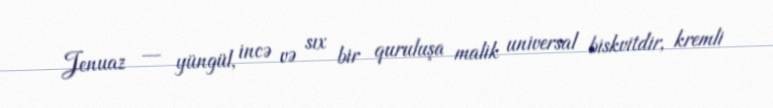
Jenuaz — yüngül, incə və sıx bir quruluşa malik universal biskvitdir, kremli